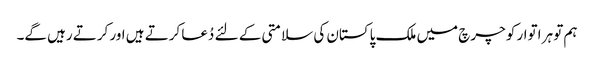
ہم تو ہر اتوار کو چرچ میں ملک پاکستان کی سلامتی کے لئے دُعا کرتے ہیں اور کرتے رہیں گے۔